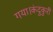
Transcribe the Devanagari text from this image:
गया।कंदुकुरी